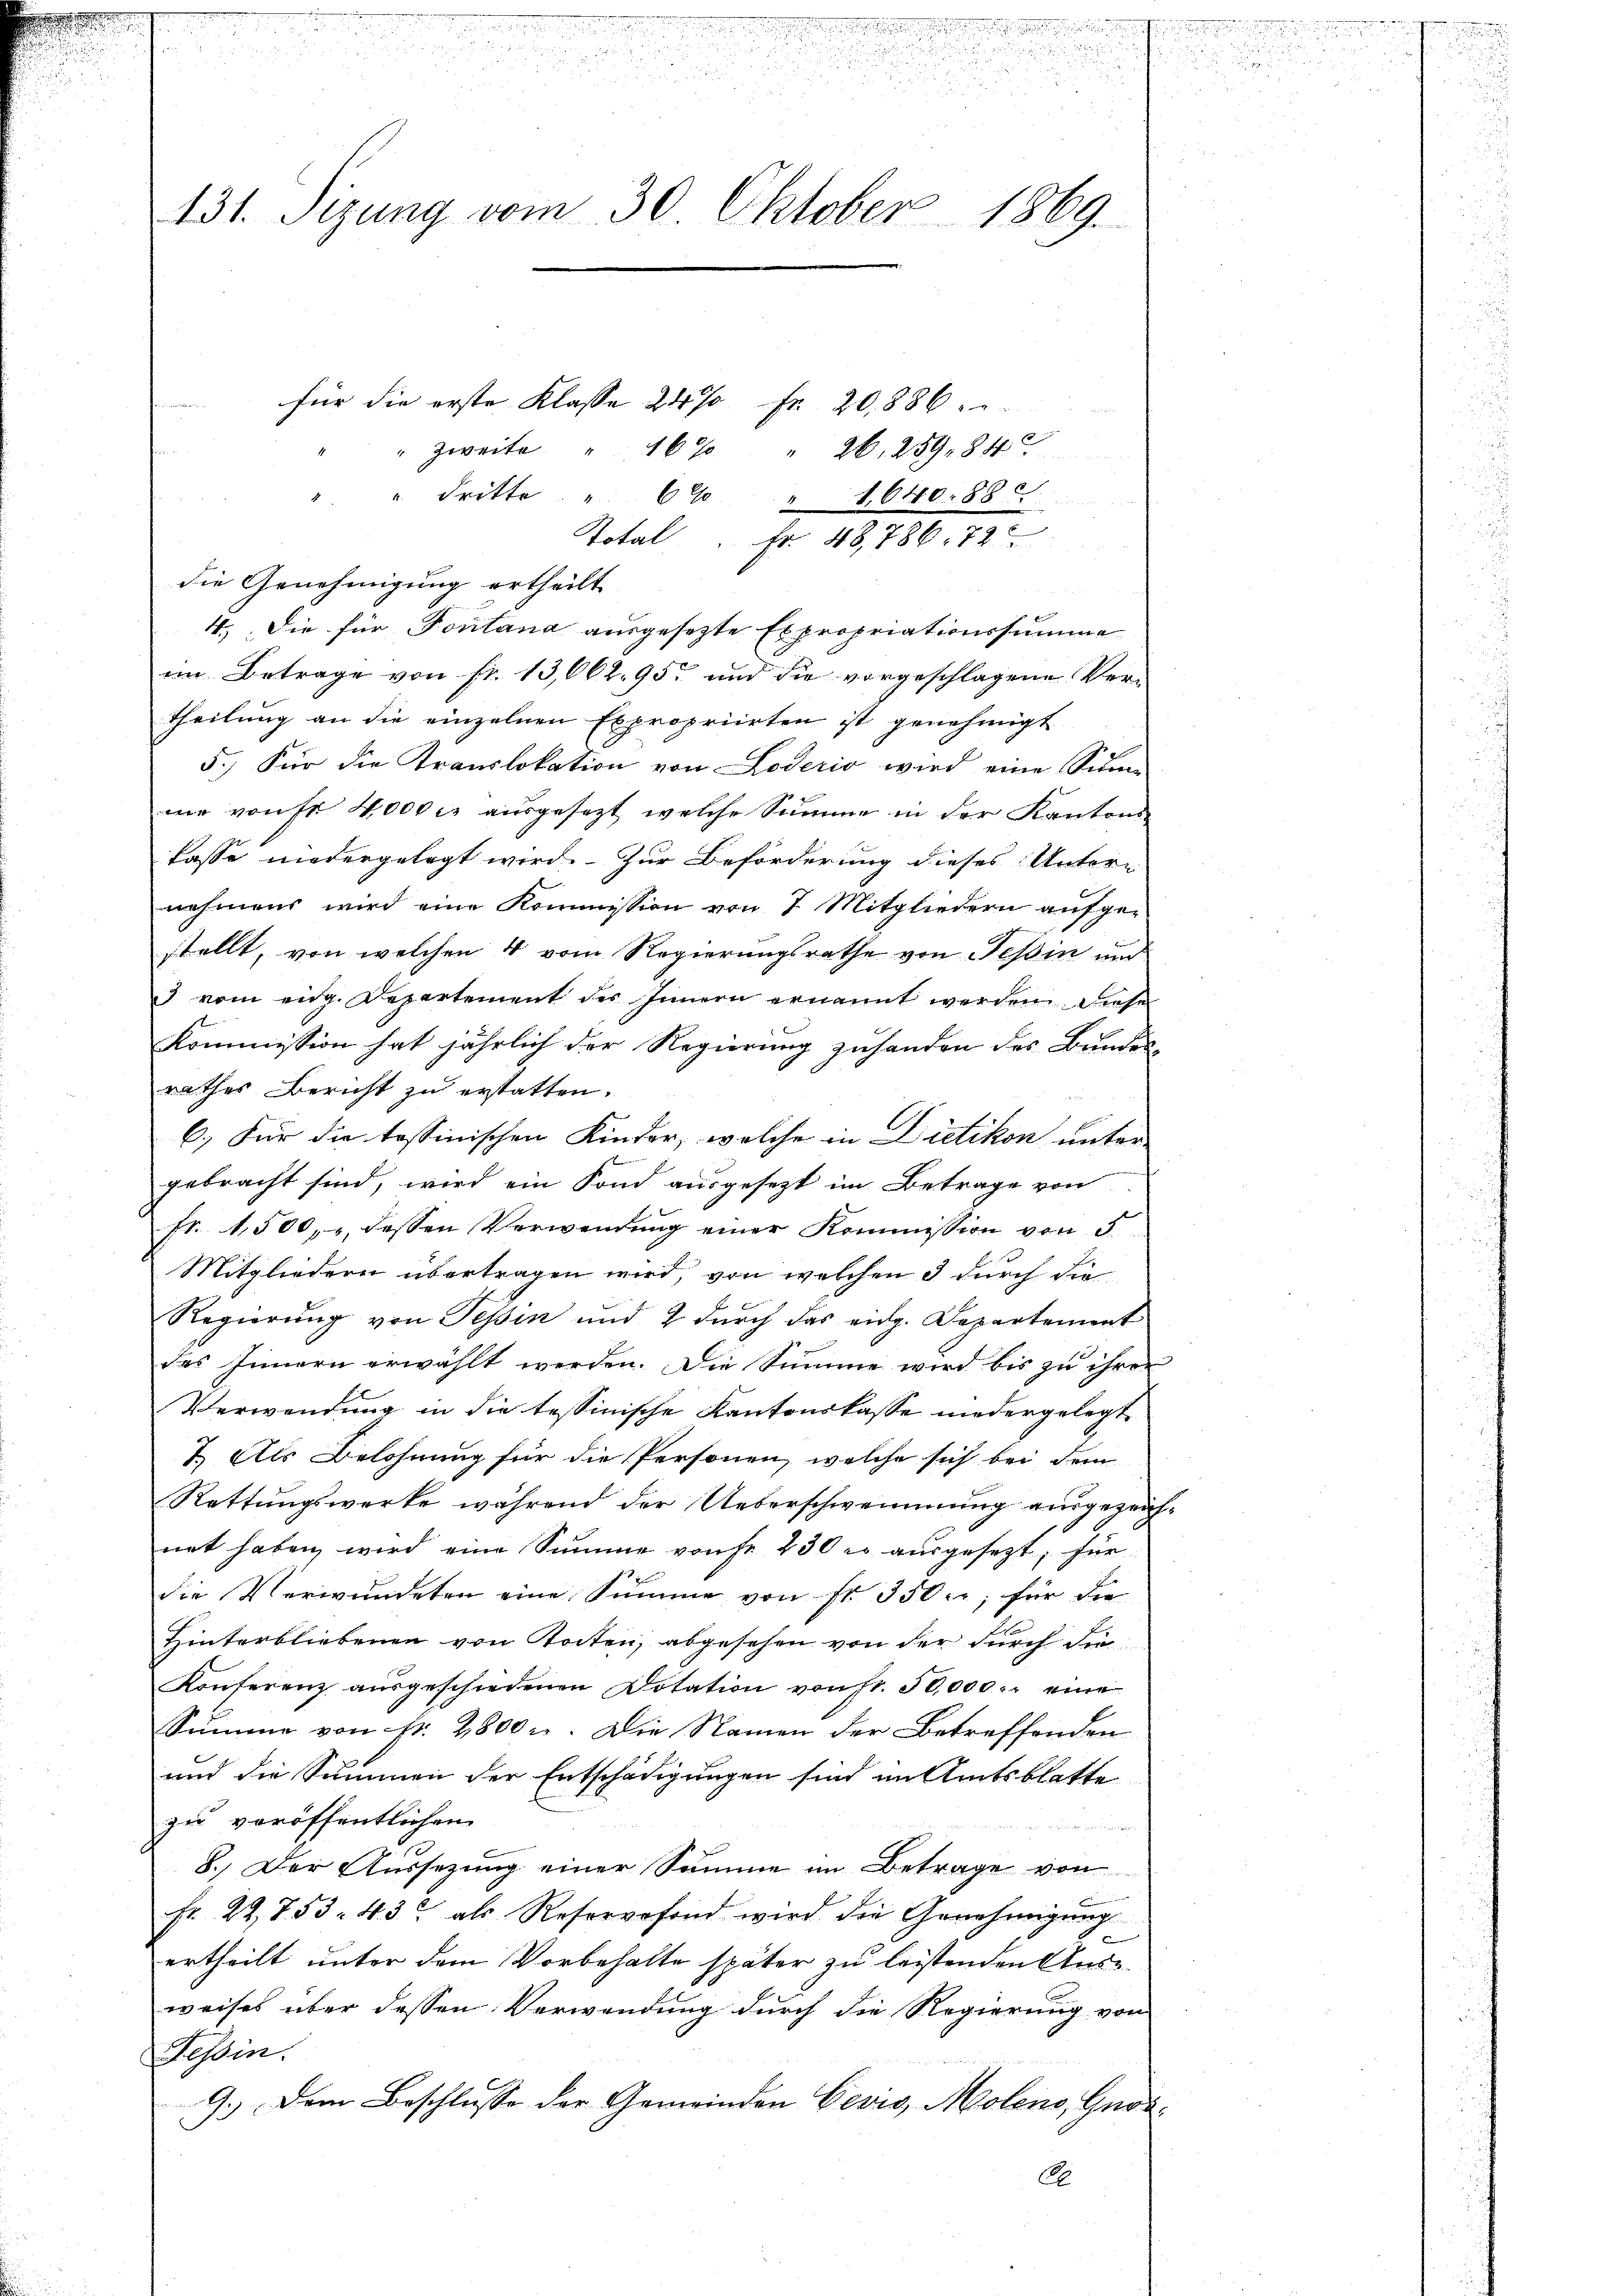
131. Sizung vom 30. Oktober 1869.

" zweite " 16% " 26. 259. 842
" dritte " 6% " 1,640. 882
Total. Fr. 48,786. 72
die Genehmigung ertheilt
4.) Die für Pontana ausgesetzte Expropriationssumme
im Betrage von fr. 13,662. 95 und die vorgeschlagene Vertheilung an die einzelnen Expropriirten ist genehmigt
5.) Für die Translokation von Loderio wird eine Sum-
me von fr 4,000 c. ausgesezt, welche Summe in der Kantons
fasse niedergelegt wird. Zur Beförderung dieses Untern
nehmens wird eine Kommission von 7 Mitgliedern aufge-
stellt, von welchen 4 vom Regierungsrathe von Tessin und
3 vom eidg. Departement des Innern ernannt werden diese
Kommission hat jährlich der Regierung zuhanden des Bundes-
rathes Bericht zu erstatten.
6.) Für die tessinischen Kinder, welche in Dietikon unter
gebracht sind, wird ein Fond ausgesezt im Betrage von
fr. 1500, dessen Verwendŭng einer Kommission von 5
Mitgliedern übertragen wird, von welchen 5 durch die
Regierung von Tessin und 2 durch das eidg. Departement
des Innern erwählt werden. Die Summe wird bis zu ihrer
Verwendung in die tessinische Kantonskasse niedergelegt
7.) Als Belohnung für die Personen, welche sich bei dem
Rettungswerke während der Ueberschwemmung eingezeichnet haben wird eine Summe vonse 230 u. aŭsgesezt, für
die Verwundeten eine Summe von fr. 350.; für die
Hinterbliebenen von Stocken, abgesehen von der durch die
Konferenz aŭsgeschiedenen Dotation von fr. 50,000. eine
Summe von Fr. 2800 c. Die Namen der Betreffenden
und die Summen der Entschädigungen sind im Amtsblatte
zu veröffentlichen

8.) Der Aussezung einer Summe im Betrage von
Fr. 22. 753. 43 als Reservefond wird die Genehmigŭng
ertheilt unter dem Vorbehalte später zu leistenden Ausweises über dessen Verwendung durch die Regierung von
Tessin.
9.) Dem Beschlusse der Gemeinden Gević, Molens, Guvi-
A

für die erste Klasse 24 % Fr. 20,886 er